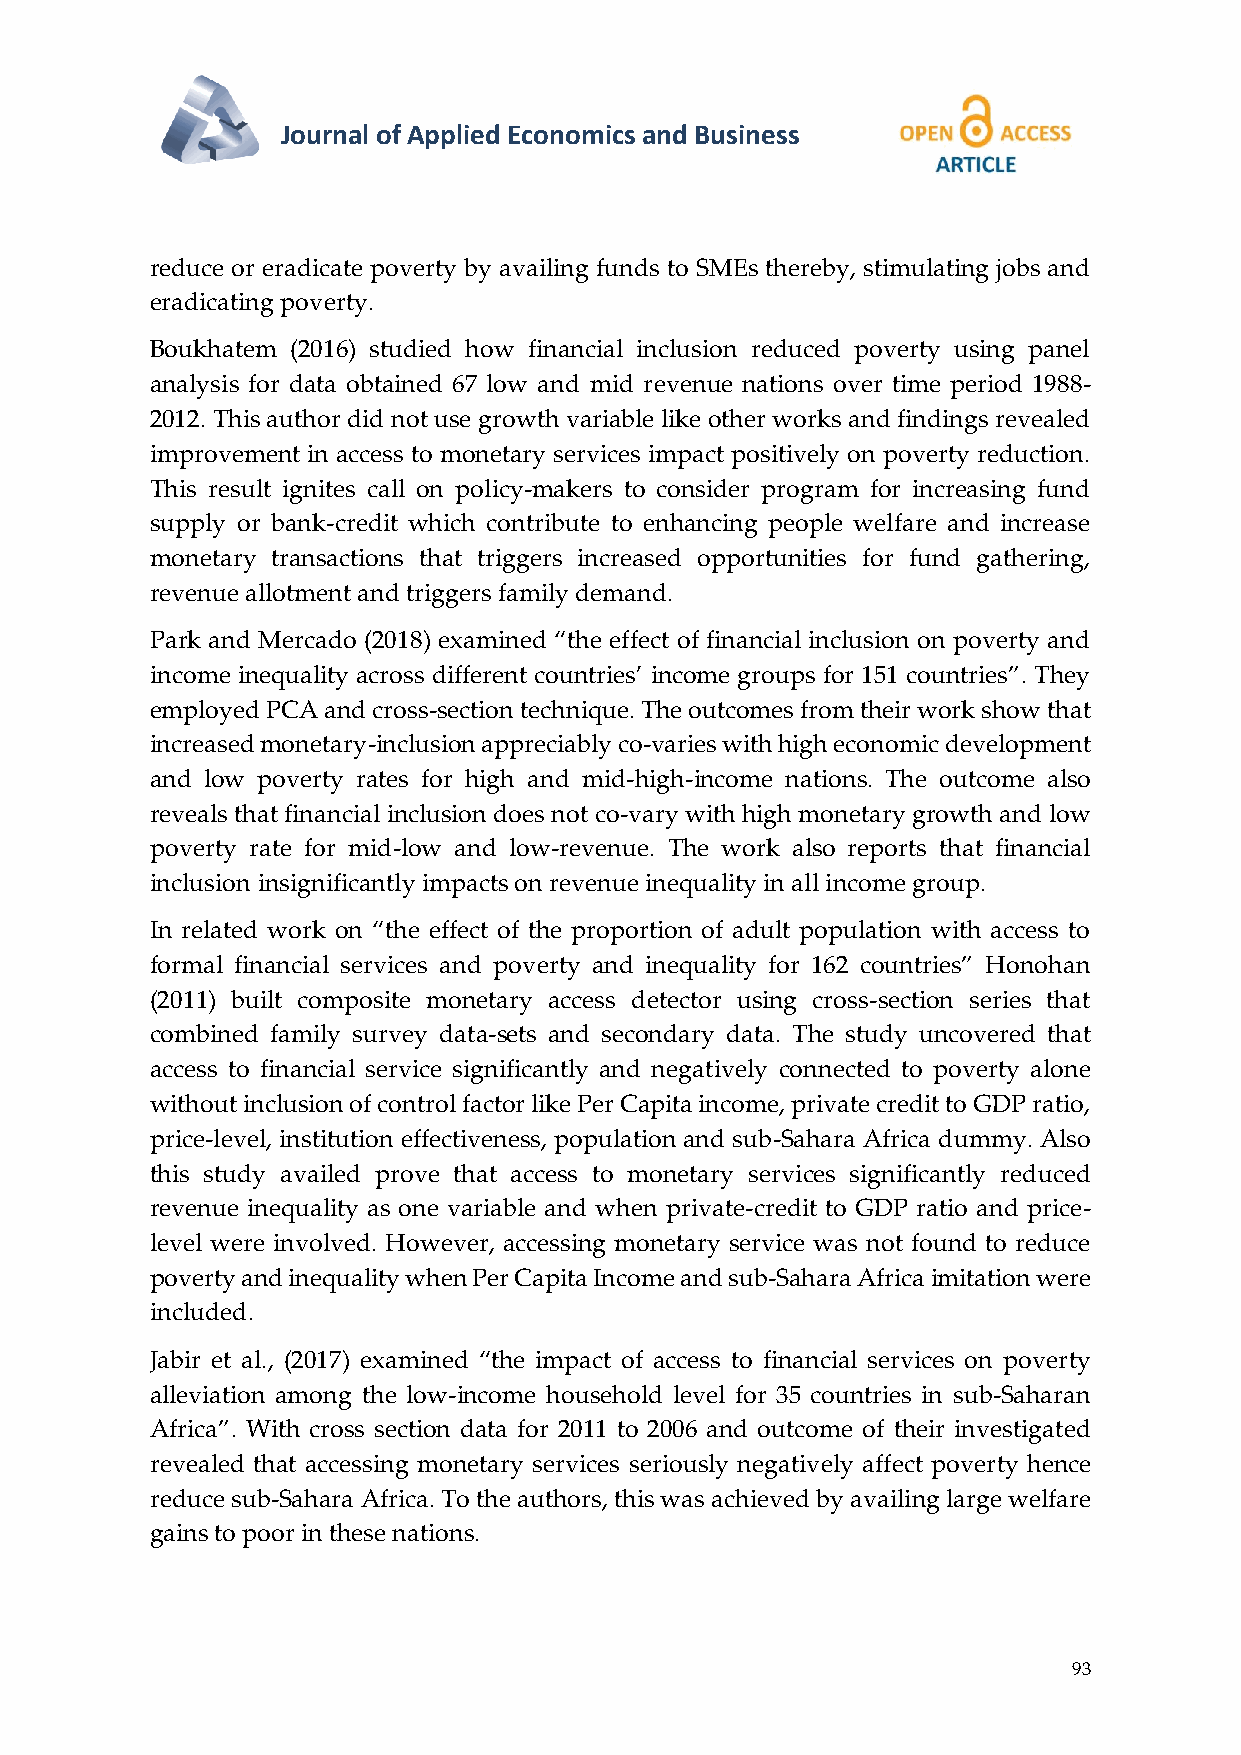
Journal of Applied Economics and Business
 reduce or eradicate poverty by availing funds to SMEs thereby, stimulating jobs and
 eradicating poverty.
 Boukhatem (2016) studied how financial inclusion reduced poverty using panel
 analysis for data obtained 67 low and mid revenue nations over time period 1988-
 2012. This author did not use growth variable like other works and findings revealed
 improvement in access to monetary services impact positively on poverty reduction.
 This result ignites call on policy-makers to consider program for increasing fund
 supply or bank-credit which contribute to enhancing people welfare and increase
 monetary transactions that triggers increased opportunities for fund gathering,
 revenue allotment and triggers family demand.
 Park and Mercado (2018) examined “the effect of financial inclusion on poverty and
 income inequality across different countries’ income groups for 151 countries”. They
 employed PCA and cross-section technique. The outcomes from their work show that
 increased monetary-inclusion appreciably co-varies with high economic development
 and low poverty rates for high and mid-high-income nations. The outcome also
 reveals that financial inclusion does not co-vary with high monetary growth and low
 poverty rate for mid-low and low-revenue. The work also reports that financial
 inclusion insignificantly impacts on revenue inequality in all income group.
 In related work on “the effect of the proportion of adult population with access to
 formal financial services and poverty and inequality for 162 countries” Honohan
 (2011) built composite monetary access detector using cross-section series that
 combined family survey data-sets and secondary data. The study uncovered that
 access to financial service significantly and negatively connected to poverty alone
 without inclusion of control factor like Per Capita income, private credit to GDP ratio,
 price-level, institution effectiveness, population and sub-Sahara Africa dummy. Also
 this study availed prove that access to monetary services significantly reduced
 revenue inequality as one variable and when private-credit to GDP ratio and price-
 level were involved. However, accessing monetary service was not found to reduce
 poverty and inequality when Per Capita Income and sub-Sahara Africa imitation were
 included.
 Jabir et al., (2017) examined “the impact of access to financial services on poverty
 alleviation among the low-income household level for 35 countries in sub-Saharan
 Africa”. With cross section data for 2011 to 2006 and outcome of their investigated
 revealed that accessing monetary services seriously negatively affect poverty hence
 reduce sub-Sahara Africa. To the authors, this was achieved by availing large welfare
 gains to poor in these nations.
 93